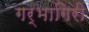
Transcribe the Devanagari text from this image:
गर्भागिरी